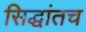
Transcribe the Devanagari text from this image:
सिद्धांतच